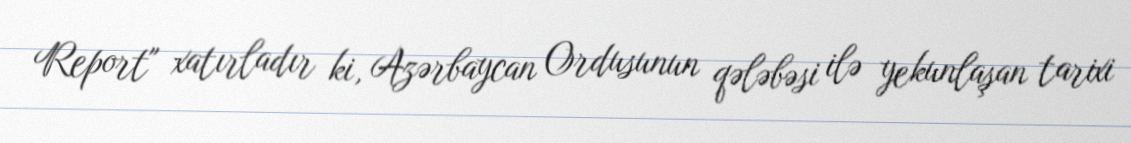
Report" xatırladır ki, Azərbaycan Ordusunun qələbəsi ilə yekunlaşan tarixi